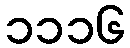
၁၁၁၆